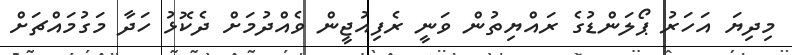
މިދިޔަ އަހަރު ޕޯލަންޑުގެ ރައްޔިތުން ވަނީ ރެފިއުޖީން ވެއްދުމަށް ދެކޮޅު ހަދާ މަގުމައްޗަށް